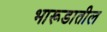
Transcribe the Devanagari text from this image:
भारूडातील